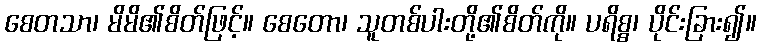
စေတသာ၊ မိမိ၏စိတ်ဖြင့်။ စေတော၊ သူတစ်ပါးတို့၏စိတ်ကို။ ပရိစ္စ၊ ပိုင်းခြား၍။